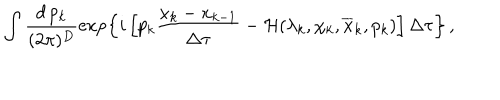
LaTeX: \int \frac { d \, p _ { k } } { ( 2 \pi ) ^ { D } } \exp \left\{ i \left[ p _ { k } \frac { x _ { k } - x _ { k - 1 } } { \Delta \tau } - { \cal H } ( \lambda _ { k } , \chi _ { k } , \overline { { { x } } } _ { k } , p _ { k } ) \right] \Delta \tau \right\} \, ,